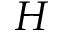
H